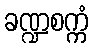
ခဏ္ဍစက္ကံ